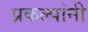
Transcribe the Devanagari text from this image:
प्रकल्पांनी